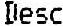
DESC